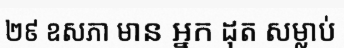
២៩ ឧសភា មាន អ្នក ដុត សម្លាប់